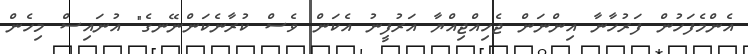
އެންމެފަހުން ފަރުހާނާ އިންނަން ޖެހިއްޖިއްޔާ އަރުފީނު އެކަން ވެސް ކުރާނެކަންނޭނގެ" އުނައިސް މިހެން